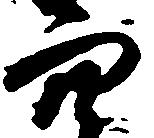
穴